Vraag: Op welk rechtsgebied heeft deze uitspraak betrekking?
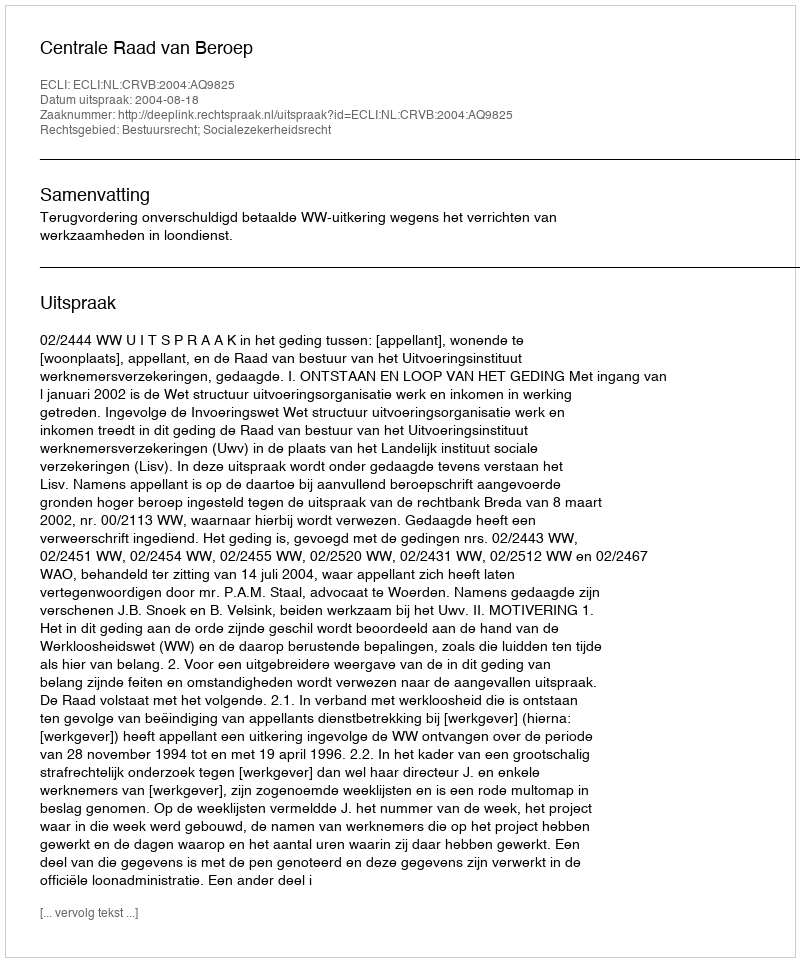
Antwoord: Bestuursrecht; Socialezekerheidsrecht